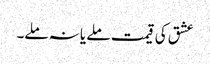
عشق کی قیمت ملے یا نہ ملے۔